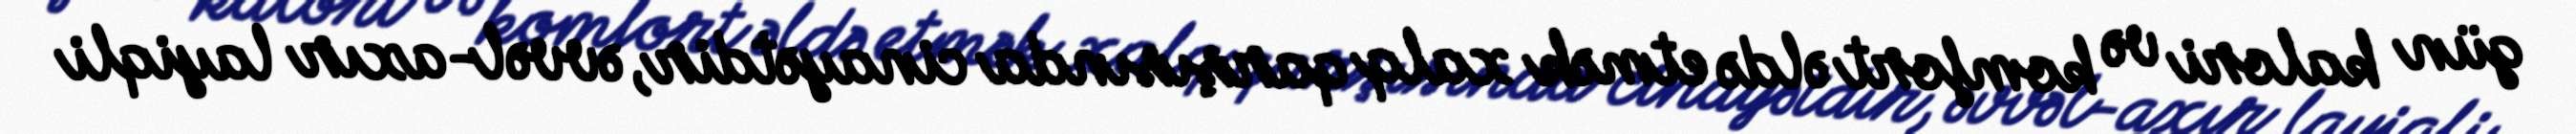
gün kalori və komfort əldə etmək xalq qarşısında cinayətdir, əvvəl-axır layiqli